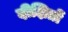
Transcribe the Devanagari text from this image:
दीक्षितों